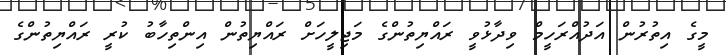
މީގެ އިތުރުން އަދުއްރަހީމް ވިދާޅުވީ ރައްޔިތުންގެ މަޖިލީހަށް ރައްޔިތުން އިންތިހާބު ކުރީ ރައްޔިތުންގެ